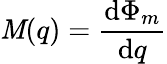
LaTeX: \mathit{M}(q)={\frac{{\mathrm{{d}}\Phi_{m}}}{{\mathrm{{d}}q}}}